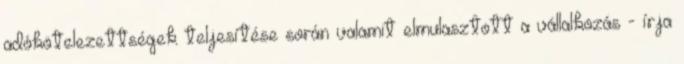
adókötelezettségek teljesítése során valamit elmulasztott a vállalkozás - írja